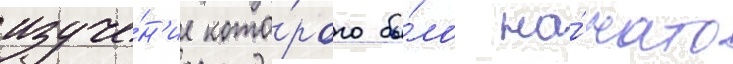
изуче́н'ие кото́рого бы́ло на́чато